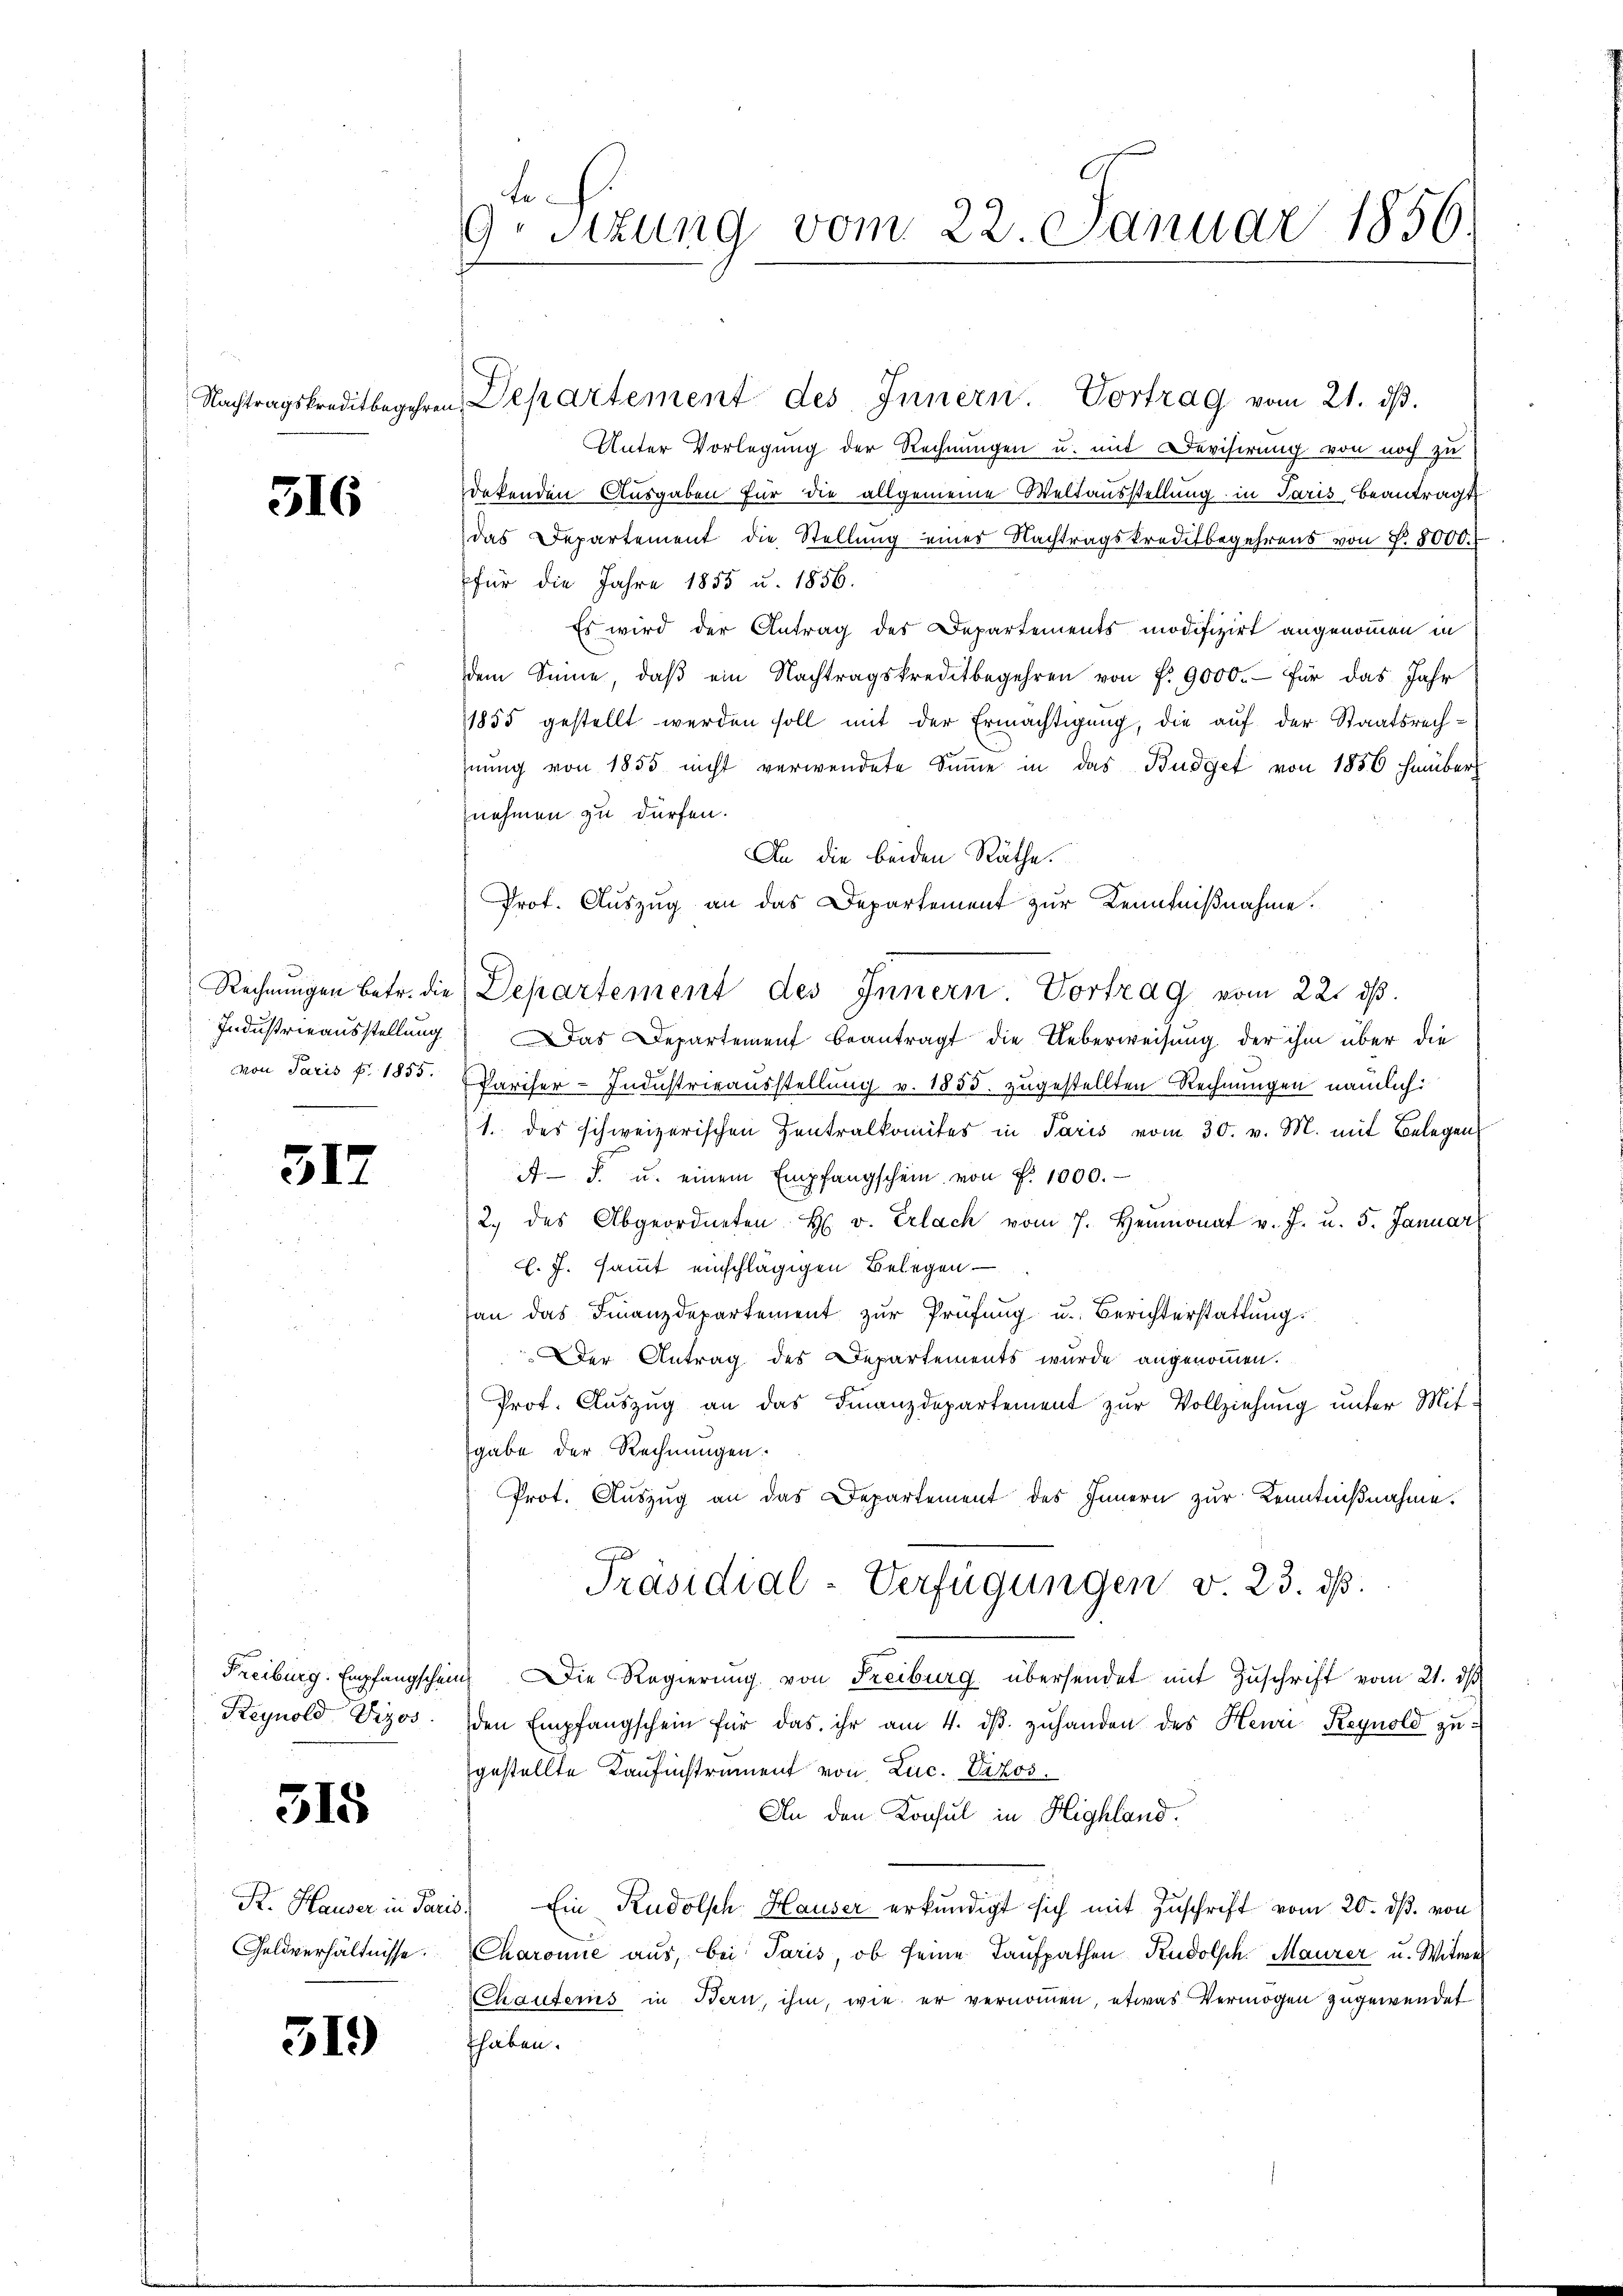
316

Industrieausstellung
von Paris p. 1855.

317

Reynold Vizos.

315

Geldverhältnisse.

519)

te.
9 Sizung vom 22. Januar 1856.

Nachtragskreditbegehren Departement des Innern. Vortrag vom 21. dβ.
Unter Vorlegung der Rechnungen u. mit Devisirung von noch zu
dekenden Ausgaben für die allgemeine Weltausstellung in Paris beantragt
das Departement die Stellung einer Nachtragskreditbegehrens von P. 8000.
für die Jahre 1855 u. 1856.
Es wird der Antrag des Departements modifizirt angenommen in
dem Sinne, daβ ein Nachtragskreditbegehren von f. 9000.- für das Jahr
1855 gestellt werden soll mit der Ermächtigung, die auf der Staatsrechnŭng von 1855 nicht verwendete Summe in das Budget von 1856 hinüber
nehmen zu dürfen.
An die beiden Räthe.
Prof. Auszug an das Departement zur Kenntnißnahme.
Das Departement beantragt die Ueberweisung der ihm über die
Pariser-Industrirausstellung v. 1855. zugestellten Rechnungen nämlich
1 des schweizerischen Zentralkomites in Paris vom 30. v. M. mit Belegen
A. F. u. einem Empfangschein von P. 1000.
2. des Abgeordneten H. v. Erlach vom 7. Heumonat v. J. u. 5. Januar
c. J. sammt einschlägigen Belegen
an das Finanzdepartement zur Prüfung u. Berichterstattung.
Der Antrag des Departements wurde angenommen.
Prof. Auszug an das Finanzdepartement zur Vollziehung unter Mit
gabe der Rechnungen.
Prot. Aŭszŭg an das Departement des Innern zur Kenntnißnahme.
Präsidial-Verfügungen v. 23. d.
Freiburg. Empfangschein. Die Regierung von Freiburg übersendet mit Zuschrift vom 21. ds
den Empfangschein für das ihr am 4. dβ zŭhanden des Henri Reynold zu-
gestellte Kaufinstrument von Luc. Vikos.
An den Konsul in Highland.
K. Hauser in Paris. Ein Rudolsch Hauser erkundigt sich mit Zuschrift vom 20. ds. von
Charonie aus, bei Paris, ob seine Taufpathen Rudolsch. Maurer u. Witwe
Chauferns in Bern, ihm, wie er vernommen, etwas Vermögen zugewendet
thaben.

Rechnungen betr. die Departement des Innern Vortrag vom 22. ds.